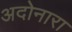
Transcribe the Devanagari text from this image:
अदोनारा